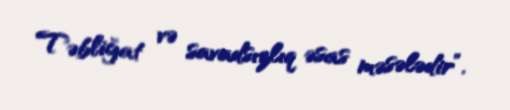
Təbliğat və savadsızlıq əsas məsələdir”.